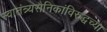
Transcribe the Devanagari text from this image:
स्वातंत्र्यसैनिकांविरुद्धच्या